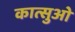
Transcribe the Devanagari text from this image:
कात्सुओ